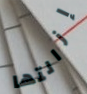
إزالتها